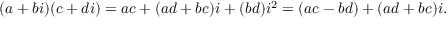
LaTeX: ( a + b i ) ( c + d i ) = a c + ( a d + b c ) i + ( b d ) i ^ { 2 } = ( a c - b d ) + ( a d + b c ) i .